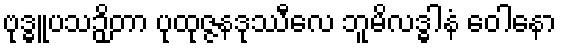
ဗုဒ္ဓူပသဉှိတာ ပုထုဇ္ဇနဒုဿီလေ ဘူမိလဒ္ဓါနံ ဝေါနော